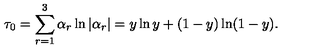
\tau _ { 0 } = \sum _ { r = 1 } ^ { 3 } \alpha _ { r } \ln | \alpha _ { r } | = y \ln y + ( 1 - y ) \ln ( 1 - y ) .